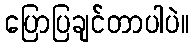
ပြောပြချင်တာပါပဲ။